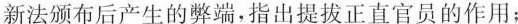
新法颁布后产生的弊端，指出提拔正直官员的作用；